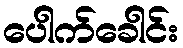
ပေါက်ခေါင်း